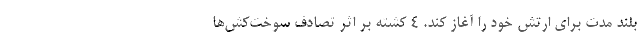
بلند مدت برای ارتش خود را آغاز کند. 4 کشته بر اثر تصادف سوخت‌کش‌ها